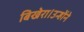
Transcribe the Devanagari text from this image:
बिखेरा।उन्होंने